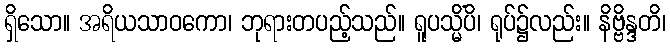
ရှိသော။ အရိယသာဝကော၊ ဘုရားတပည့်သည်။ ရူပသ္မိံပိ၊ ရုပ်၌လည်း။ နိဗ္ဗိန္ဒတိ၊